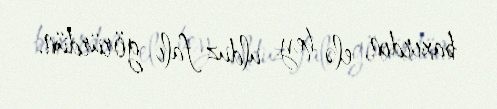
baxırdın, elə hey ulduz falı görürdün.